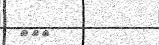
١٣٠